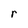
Character: r